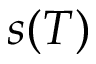
s ( T )